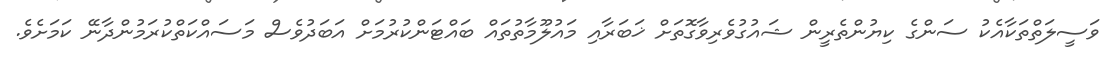
ވަސީލަތްތަކާއެކު ސަންގެ ކިޔުންތެރީން ޝައުގުވެރިވާގޮތަށް ޚަބަރާއި މައުލޫމާތުތައް ބައްޓަންކުރުމަށް އަބަދުވެސް މަސައްކަތްކުރަމުންދާނޭ ކަމަށެވެ.